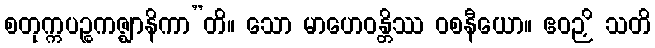
စတုက္ကပဉ္စကဇ္ဈာနိကာ”တိ။ သော မာဟေဝန္တိဿ ဝစနီယော။ ဧဝဉှိ သတိ